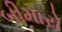
બીમારો